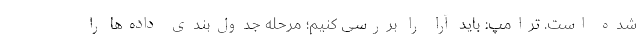
شده است. ترامپ: باید آرا را بررسی کنیم؛ مرحله جدول‌بندی داده‌ها را